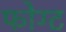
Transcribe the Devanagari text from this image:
फोग्ट